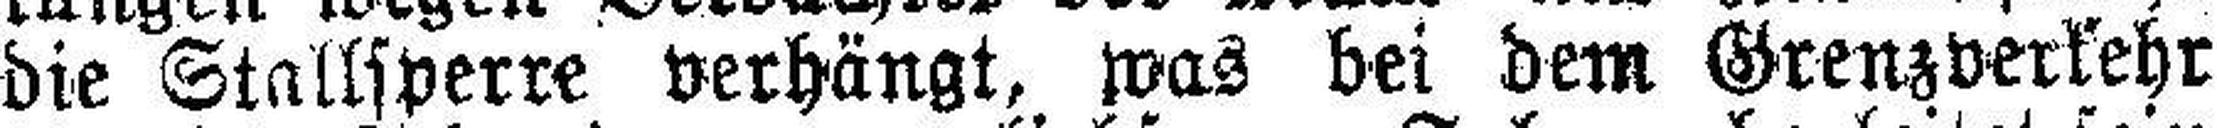
die Stallsperre verhängt, was bei dem Grenzverkehr